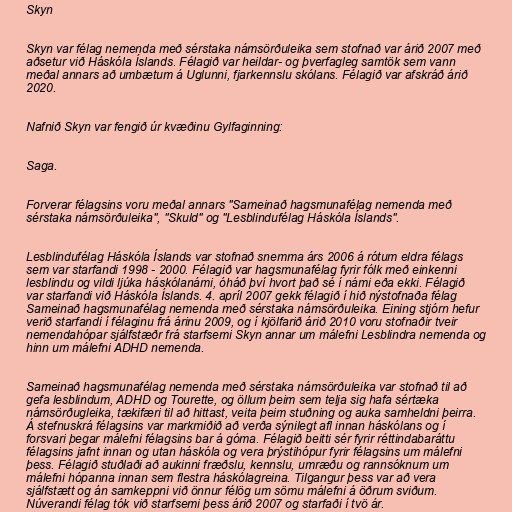
Skyn

Skyn var félag nemenda með sérstaka námsörðuleika sem stofnað var árið 2007 með
aðsetur við Háskóla Íslands. Félagið var heildar- og þverfagleg samtök sem vann
meðal annars að umbætum á Uglunni, fjarkennslu skólans. Félagið var afskráð árið
2020.

Nafnið Skyn var fengið úr kvæðinu Gylfaginning:

Saga.

Forverar félagsins voru meðal annars "Sameinað hagsmunafélag nemenda með
sérstaka námsörðuleika", "Skuld" og "Lesblindufélag Háskóla Íslands".

Lesblindufélag Háskóla Íslands var stofnað snemma árs 2006 á rótum eldra félags
sem var starfandi 1998 - 2000. Félagið var hagsmunafélag fyrir fólk með einkenni
lesblindu og vildi ljúka háskólanámi, óháð því hvort það sé í námi eða ekki. Félagið
var starfandi við Háskóla Íslands. 4. apríl 2007 gekk félagið í hið nýstofnaða félag
Sameinað hagsmunafélag nemenda með sérstaka námsörðuleika. Eining stjórn hefur
verið starfandi í félaginu frá árinu 2009, og í kjölfarið árið 2010 voru stofnaðir tveir
nemendahópar sjálfstæðr frá starfsemi Skyn annar um málefni Lesblindra nemenda og
hinn um málefni ADHD nemenda.

Sameinað hagsmunafélag nemenda með sérstaka námsörðuleika var stofnað til að
gefa lesblindum, ADHD og Tourette, og öllum þeim sem telja sig hafa sértæka
námsörðugleika, tækifæri til að hittast, veita þeim stuðning og auka samheldni þeirra.
Á stefnuskrá félagsins var markmiðið að verða sýnilegt afl innan háskólans og í
forsvari þegar málefni félagsins bar á góma. Félagið beitti sér fyrir réttindabaráttu
félagsins jafnt innan og utan háskóla og vera þrýstihópur fyrir félagsins um málefni
þess. Félagið stuðlaði að aukinni fræðslu, kennslu, umræðu og rannsóknum um
málefni hópanna innan sem flestra háskólagreina. Tilgangur þess var að vera
sjálfstætt og án samkeppni við önnur félög um sömu málefni á öðrum sviðum.
Núverandi félag tók við starfsemi þess árið 2007 og starfaði í tvö ár.